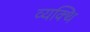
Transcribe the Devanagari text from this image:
व्यक्थि